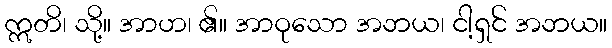
ဣတိ၊ သို့။ အာဟ၊ ၏။ အာဝုသော အဘယ၊ ငါ့ရှင် အဘယ။